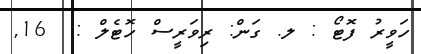
ހަވީރު ފޮޓޯ : ލ. ގަން: ރިވަރީސް ހޮޓެލް :  16